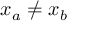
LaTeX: x _ { a } \neq x _ { b }